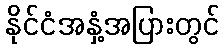
နိုင်ငံအနှံ့အပြားတွင်